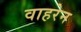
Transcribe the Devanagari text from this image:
वाहरेन